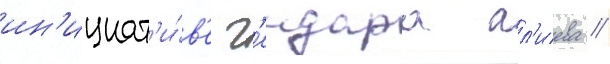
ин'ициат'и́в'е г'еидара ал'иева //